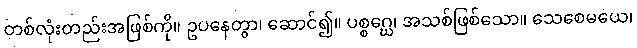
တစ်လုံးတည်းအဖြစ်ကို။ ဥပနေတွာ၊ ဆောင်၍။ ပစ္စဂ္ဃေ၊ အသစ်ဖြစ်သော။ သေစေမယေ၊